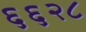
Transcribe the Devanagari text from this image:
६६२८